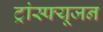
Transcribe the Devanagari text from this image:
ट्रांस्फ्यूजन